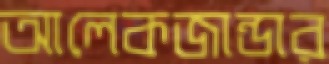
আলেকজান্ডার